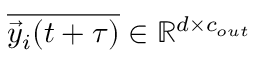
\overline { { \vec { y } _ { i } ( t + \tau ) } } \in \mathbb { R } ^ { d \times c _ { o u t } }